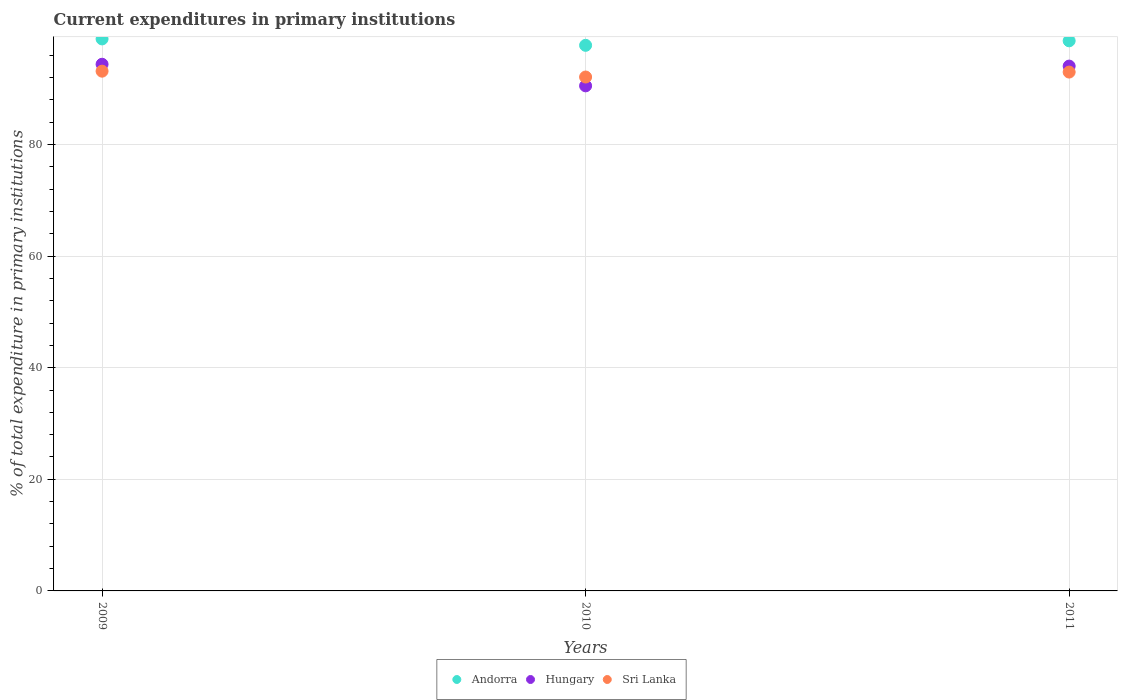
| Years | Andorra | Hungary | Sri Lanka |
 | --- | --- | --- | --- |
 | 2009 | 98.9 | 94.4 | 93.1 |
 | 2010 | 97.8 | 90.5 | 92.1 |
 | 2011 | 98.6 | 94.1 | 93 |